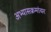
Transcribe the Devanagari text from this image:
अभ्यासक्रमांवर